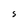
Character: s